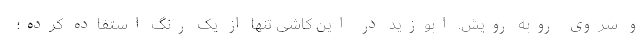
و سروی روبه رویش. ابوزید در این کاشی تنها از یک رنگ استفاده کرده؛